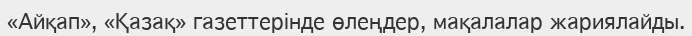
«Айқап», «Қазақ» газеттерінде өлеңдер, мақалалар жариялайды.